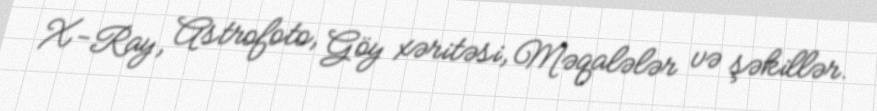
X-Ray, Astrofoto, Göy xəritəsi, Məqalələr və şəkillər.